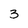
Character: 3